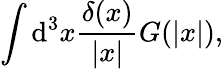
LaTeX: \int\mathrm{d}^{3}x\frac{\delta(x)}{|x|}G(|x|),